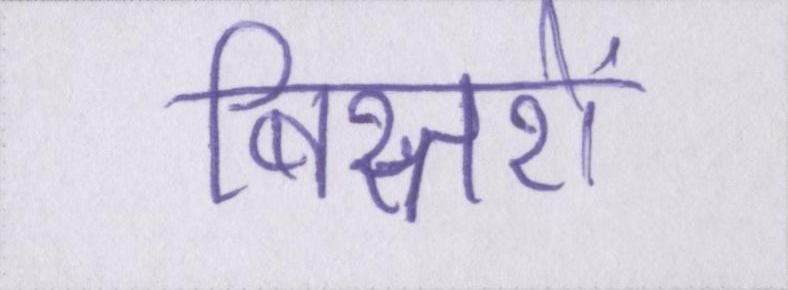
बिस्तरों